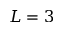
L = 3